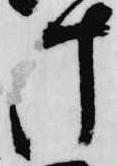
け